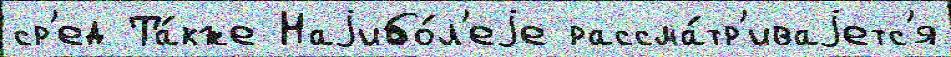
ср'ед Та́кже Наjибо́л'еjе рассма́тр'иваjетс'я